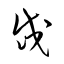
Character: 岱